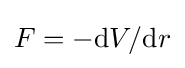
F=-\mathrm {d} V/\mathrm {d} r